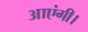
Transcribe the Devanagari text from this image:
आएंगी।